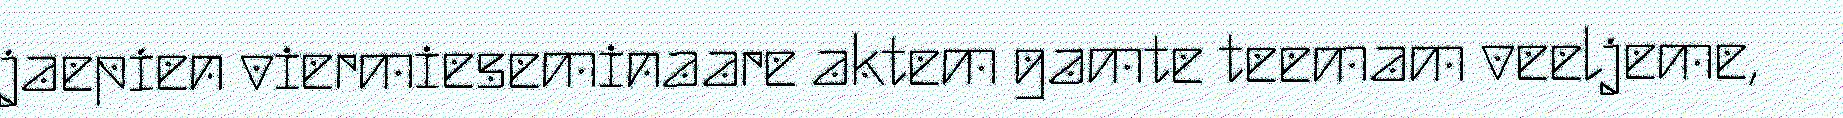
jaepien viermieseminaare aktem gamte teemam veeljeme,